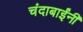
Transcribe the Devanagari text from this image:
चंदाबाईंनी